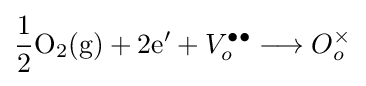
{\frac {1}{2}}\mathrm {O_{2}(g)} +2\mathrm {e'} +{V}_{o}^{\bullet \bullet }\longrightarrow {O}_{o}^{\times }